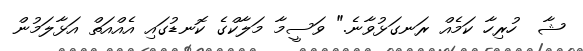
ޝާ  ހުރިހާ ކަމެއް ރަނގަޅުވާނެ." ވަސީމާ މަލާކްގެ ކޮނޑުގައި އެއްއަތް އަޅާލަމުން